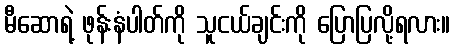
မီဆောရဲ့ ဖုန်းနံပါတ်ကို သူငယ်ချင်းကို ပြောပြလို့ရလား။